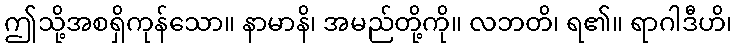
ဤသို့အစရှိကုန်သော။ နာမာနိ၊ အမည်တို့ကို။ လဘတိ၊ ရ၏။ ရာဂါဒီဟိ၊